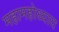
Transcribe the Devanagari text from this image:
महामहोध्याय